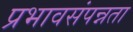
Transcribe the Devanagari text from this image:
प्रभावसंपन्नता